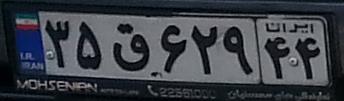
۳۵ق۶۲۹۴۴